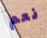
نعم